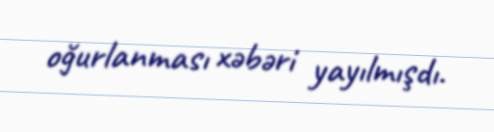
oğurlanması xəbəri yayılmışdı.